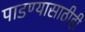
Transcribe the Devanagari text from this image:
पाडण्यासाठीही